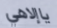
ياإلاهي